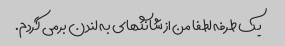
یک طرفه لطفا من از شانگهای به لندن برمی گردم.